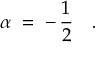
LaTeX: \alpha \; = \; - \, \frac { 1 } { 2 } \quad .